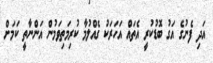
އަދި ފެނުގެ އަގު ބޮޑުކުރީ އެތައް އަހަރަކު ގެއްލުމާ ކުރިމަތިވަމުން އަންނާތީ ކަމަށް